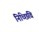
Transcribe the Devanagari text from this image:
निच्छिवि